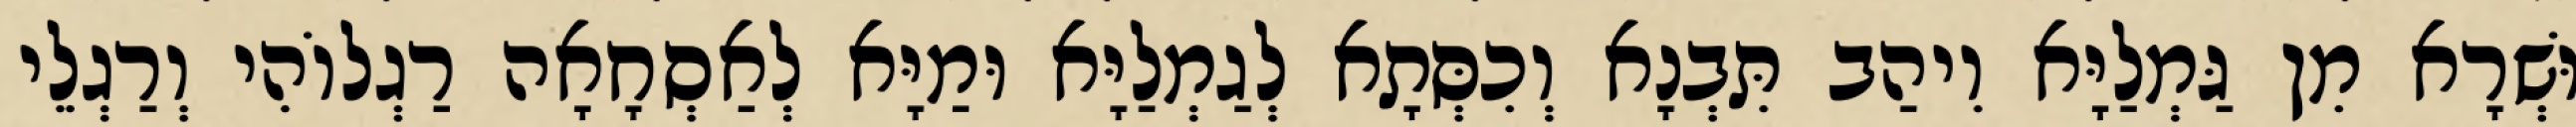
וּשְׁרָא מִן גַּמְלַיָּא וִיהַב תִּבְנָא וְכִסְּתָא לְגַמְלַיָּא וּמַיָּא לְאַסְחָאָה רַגְלוֹהִי וְרַגְלֵי